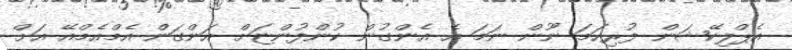
އެޕްލިކޭޝަން ފުރިހަމަ ނޫން ނަމަ އެ އެންގުން ކުންފުންޏަށް އަންގަން އެމްއެމްއޭ އަށް